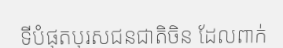
ទីបំផុតបុរសជនជាតិចិន ដែលពាក់